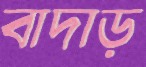
বাদাড়